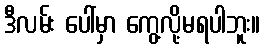
ဒီလမ်း ပေါ်မှာ ကွေ့လို့မရပါဘူး။